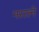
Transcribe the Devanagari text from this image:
नररत्ने